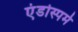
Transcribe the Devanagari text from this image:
एंडोस्पर्म